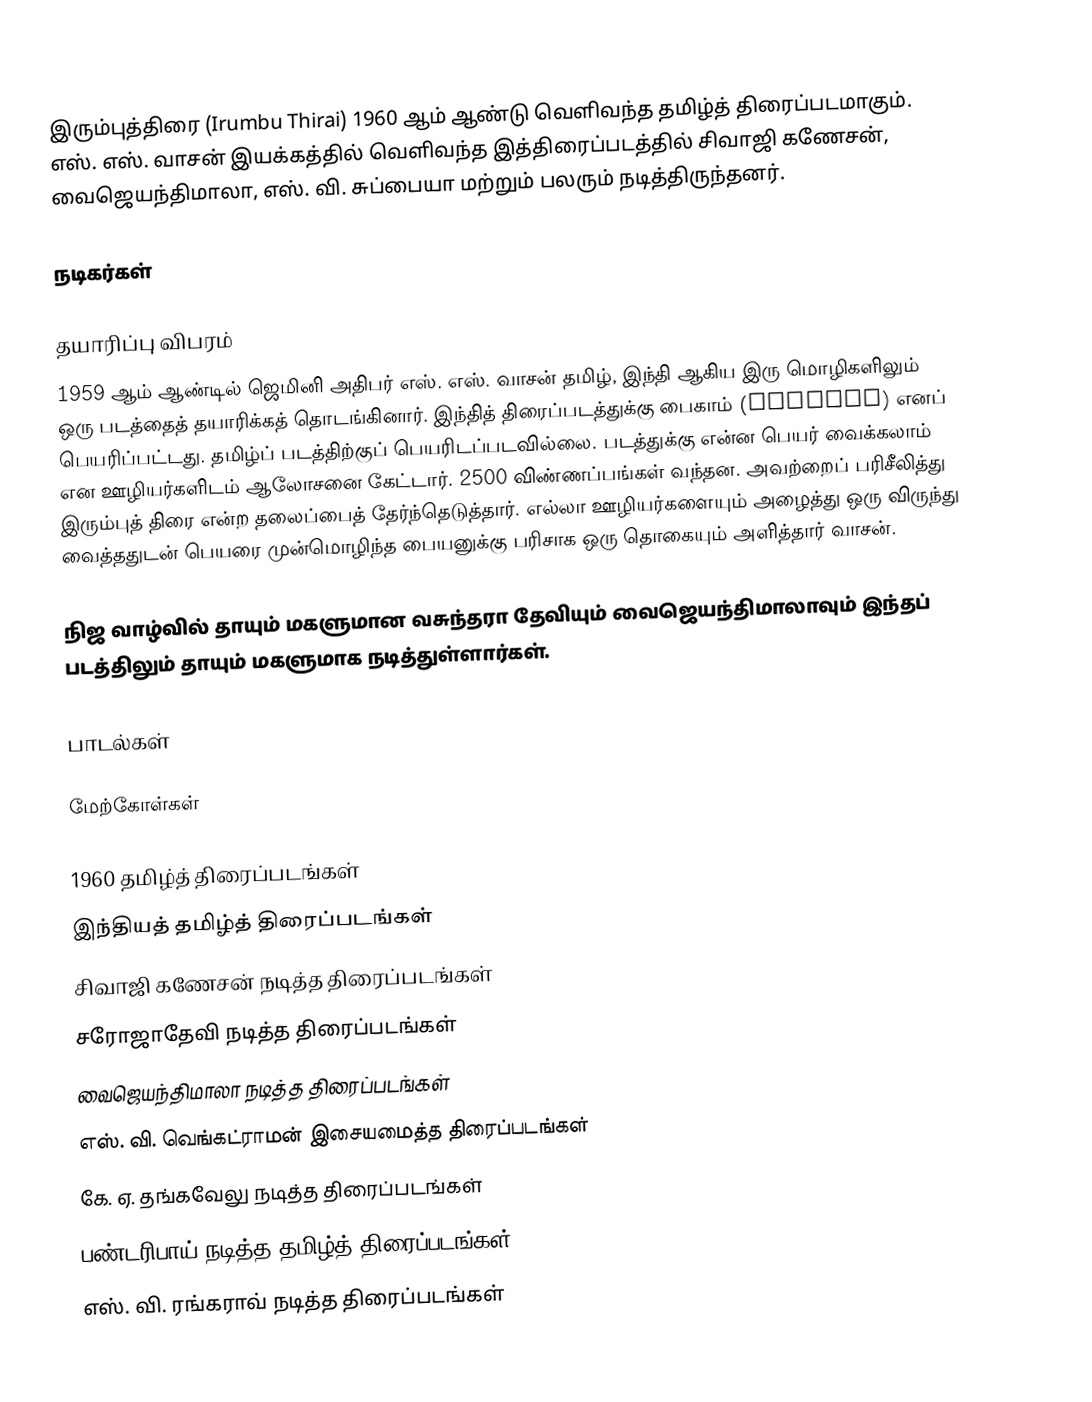
இரும்புத்திரை (Irumbu Thirai) 1960 ஆம் ஆண்டு வெளிவந்த தமிழ்த் திரைப்படமாகும். எஸ். எஸ். வாசன் இயக்கத்தில் வெளிவந்த இத்திரைப்படத்தில் சிவாஜி கணேசன், வைஜெயந்திமாலா, எஸ். வி. சுப்பையா மற்றும் பலரும் நடித்திருந்தனர்.

நடிகர்கள்

தயாரிப்பு விபரம்
1959 ஆம் ஆண்டில் ஜெமினி அதிபர் எஸ். எஸ். வாசன் தமிழ், இந்தி ஆகிய இரு மொழிகளிலும் ஒரு படத்தைத் தயாரிக்கத் தொடங்கினார். இந்தித் திரைப்படத்துக்கு பைகாம் (Paigham) எனப் பெயரிப்பட்டது. தமிழ்ப் படத்திற்குப் பெயரிடப்படவில்லை. படத்துக்கு என்ன பெயர் வைக்கலாம் என ஊழியர்களிடம் ஆலோசனை கேட்டார். 2500 விண்ணப்பங்கள் வந்தன. அவற்றைப் பரிசீலித்து இரும்புத் திரை என்ற தலைப்பைத் தேர்ந்தெடுத்தார். எல்லா ஊழியர்களையும் அழைத்து ஒரு விருந்து வைத்ததுடன் பெயரை முன்மொழிந்த பையனுக்கு பரிசாக ஒரு தொகையும் அளித்தார் வாசன்.

நிஜ வாழ்வில் தாயும் மகளுமான வசுந்தரா தேவியும் வைஜெயந்திமாலாவும் இந்தப் படத்திலும் தாயும் மகளுமாக நடித்துள்ளார்கள்.

பாடல்கள்

மேற்கோள்கள்

1960 தமிழ்த் திரைப்படங்கள்
இந்தியத் தமிழ்த் திரைப்படங்கள்
சிவாஜி கணேசன் நடித்த திரைப்படங்கள்
சரோஜாதேவி நடித்த திரைப்படங்கள்
வைஜெயந்திமாலா நடித்த திரைப்படங்கள்
எஸ். வி. வெங்கட்ராமன் இசையமைத்த திரைப்படங்கள்
கே. ஏ. தங்கவேலு நடித்த திரைப்படங்கள்
பண்டரிபாய் நடித்த தமிழ்த் திரைப்படங்கள்
எஸ். வி. ரங்கராவ் நடித்த திரைப்படங்கள்